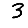
Digit: 3